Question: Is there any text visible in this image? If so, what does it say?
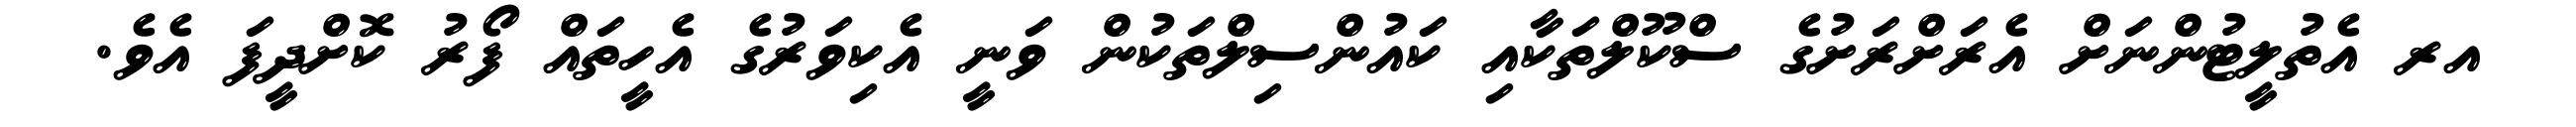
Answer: އރ އެތުލީޓުންނަށް އެރަށްރަށުގެ ސްކޫލްތަކާއި ކައުންސިލްތަކުން ވަނީ އެކިވަރުގެ އެހީތައް ފޯރު ކޮށްދީފަ އެވެ.